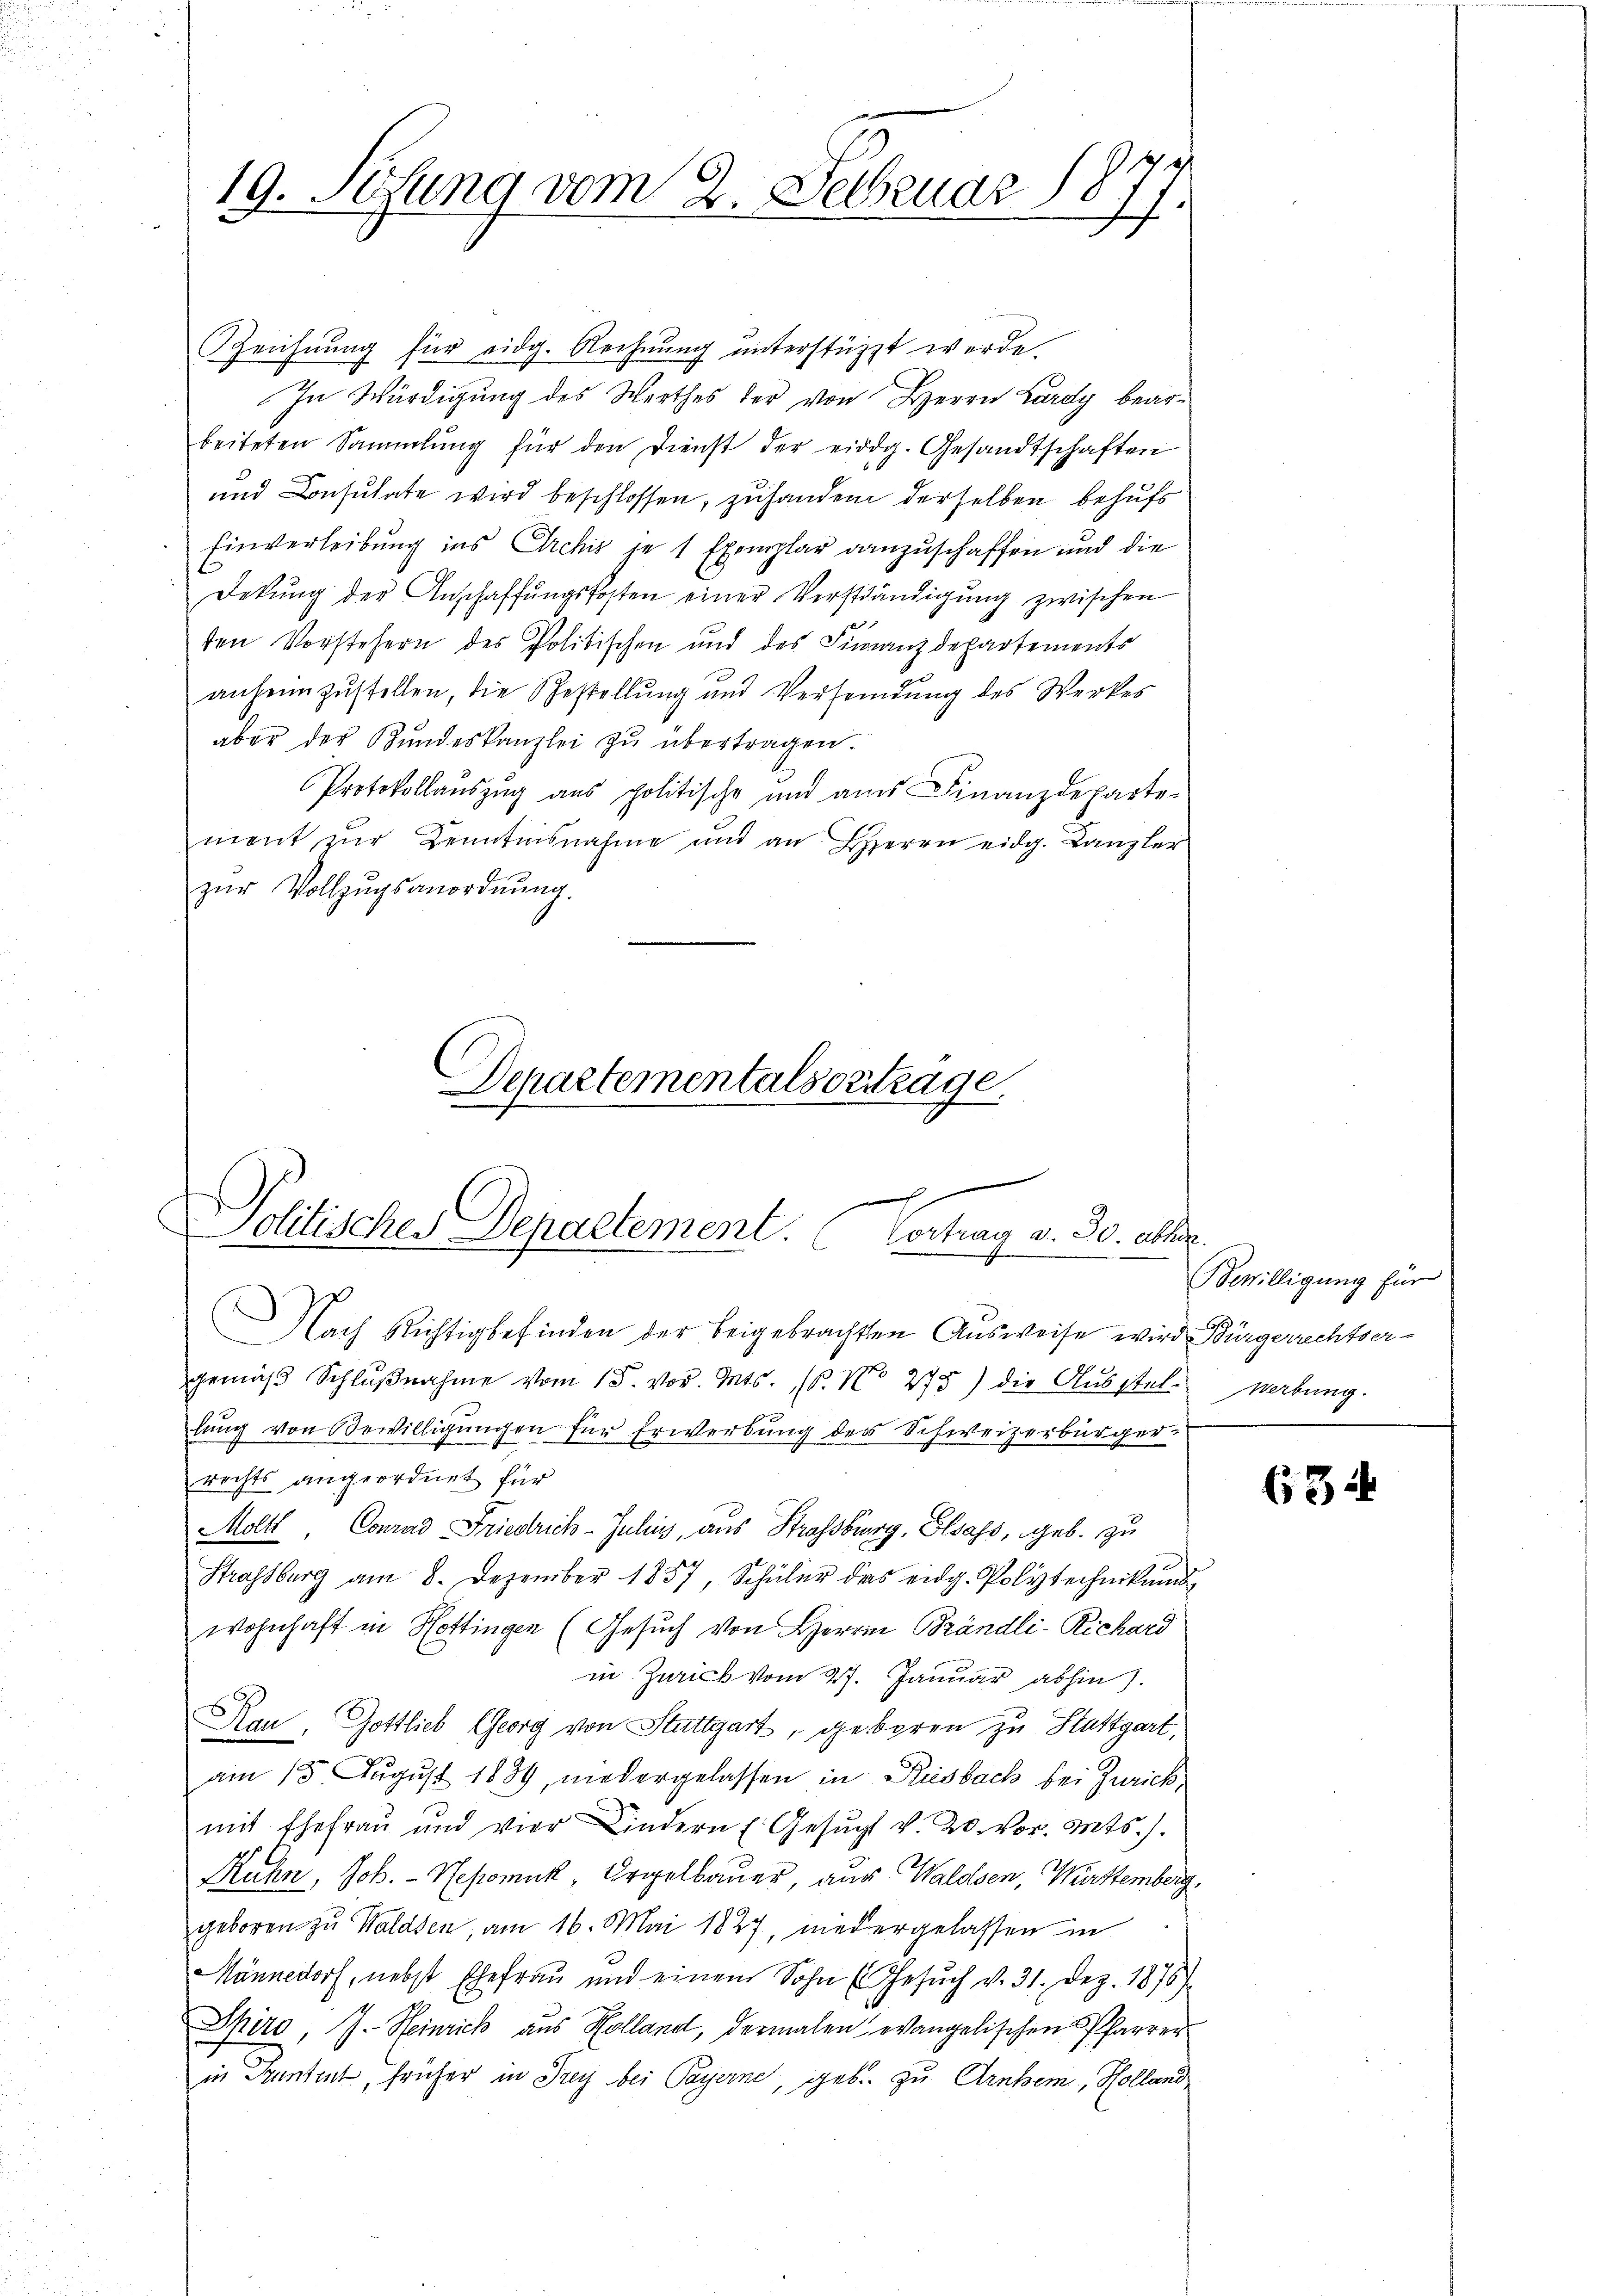
19. Sefung vom 2. Februar 1877.

Zeichnung für eidg. Rechnung unterstützt werde.
In Würdigung des Werthes der von Herrn Lardy bearbeiteten Sammlung für den Dienst der eidg. Gesandtschaften
und Consulate wird beschlossen, zuhandern derselben behufs
Einverleibung ins Archis je 1 Exemplar danzuschaffen und die
Dekŭng der Anschaffŭngskosten einer Verständigung zwischen
1
den Vorstehern des Politischen und des Finanzdepartements
anheimzustellen, die Gestellung und Versendung des Werkes
aber der Bŭndeskanzlei zŭ übertragen.
Protokollaŭszŭg ans politische und am Finanzdeparte-
ment zŭr Kenntnisnahme und an Herrn eidg. Kanzler
zŭr Vollzŭgsanordnŭng.

Departementals orttrage
e
politisches Departement. (Vortrag v. 30. abhin

Nach Richtigbefinden der beigebrachten Aŭsweise wird Bürgerrechtser-
gemäβ Schlŭβnahme vom 15. vor. Mts. (T. No 275) die Aŭsstel-
lung von Bewilligungen für Erwerbung des Schweizerbürger-
rechts angeordnet für
Molt Conrad Friedrich-Juhig, aus Strassburg, Elsass, geb. zu
Strassburg am 8. Dezember 1857, Schüler das eidg. Polytechnikums
wohnhaft in Hottingen (Gesuch von Herrn Brändli-Richard
in Zürich vom 27. Januar abhin).
Rau, Gottlieb Georg von Stuttgart, geboren zu Stattgart,
am 15. August 1839, niedergelassen in Rusbach bei Zurick,
mit Ehefrau und vier Kindern E. Gesŭcht v. 20. vor. Mts.).
Ruhn, Joh. - Nepomuck, Orgelbauer, aus Waldsen, Württemberg,
geboren zu Waldsen, am 16. Mai 1827, niedergelassen in
Männedorf, nebst Ehefrau und einem Sohn E. Gesŭch v. 31. Dez. 1875)
Skiro, J. Steinrich aus Kolland, dermalen evangelischen Pfarrer
Im Sonntent, früher in Frey bei Payerne, geb. zu Arntem, Hollande

Bewilligung für
Werbung.

634